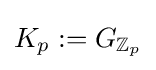
K_{p}:=G_{\mathbb {Z} _{p}}